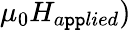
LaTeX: \mu_{0}H_{a\mathtt{p}\mathtt{p}lied})